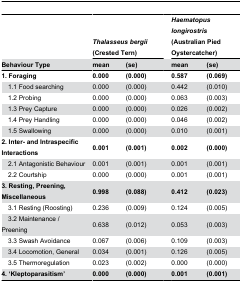
<table><thead><tr><td></td><td colspan="2"><b><i>Thalasseus</i><i>bergii</i> (Crested Tern)</b></td><td></td><td colspan="2"><b><i>Haematopus</i><i>longirostris</i> (Australian Pied Oystercatcher)</b></td></tr><tr><td><b>Behaviour Type</b></td><td><b>mean</b></td><td><b>(se)</b></td><td></td><td><b>mean</b></td><td><b>(se)</b></td></tr></thead><tbody><tr><td><b>1. Foraging</b></td><td><b>0.000</b></td><td><b>(0.000)</b></td><td></td><td><b>0.587</b></td><td><b>(0.069)</b></td></tr><tr><td> 1.1 Food searching</td><td>0.000</td><td>(0.000)</td><td></td><td>0.442</td><td>(0.010)</td></tr><tr><td> 1.2 Probing</td><td>0.000</td><td>(0.000)</td><td></td><td>0.063</td><td>(0.003)</td></tr><tr><td> 1.3 Prey Capture</td><td>0.000</td><td>(0.000)</td><td></td><td>0.026</td><td>(0.002)</td></tr><tr><td> 1.4 Prey Handling</td><td>0.000</td><td>(0.000)</td><td></td><td>0.046</td><td>(0.002)</td></tr><tr><td> 1.5 Swallowing</td><td>0.000</td><td>(0.000)</td><td></td><td>0.010</td><td>(0.001)</td></tr><tr><td><b>2. Inter- and Intraspecific Interactions</b></td><td><b>0.001</b></td><td><b>(0.001)</b></td><td></td><td><b>0.002</b></td><td><b>(0.000)</b></td></tr><tr><td> 2.1 Antagonistic Behaviour</td><td>0.001</td><td>(0.001)</td><td></td><td>0.001</td><td>(0.001)</td></tr><tr><td> 2.2 Courtship</td><td>0.000</td><td>(0.000)</td><td></td><td>0.001</td><td>(0.001)</td></tr><tr><td><b>3. Resting, Preening, Miscellaneous</b></td><td><b>0.998</b></td><td><b>(0.088)</b></td><td></td><td><b>0.412</b></td><td><b>(0.023)</b></td></tr><tr><td> 3.1 Resting (Roosting)</td><td>0.236</td><td>(0.009)</td><td></td><td>0.124</td><td>(0.005)</td></tr><tr><td> 3.2 Maintenance / Preening</td><td>0.638</td><td>(0.012)</td><td></td><td>0.053</td><td>(0.003)</td></tr><tr><td> 3.3 Swash Avoidance</td><td>0.067</td><td>(0.006)</td><td></td><td>0.109</td><td>(0.003)</td></tr><tr><td> 3.4 Locomotion, General</td><td>0.034</td><td>(0.001)</td><td></td><td>0.126</td><td>(0.005)</td></tr><tr><td> 3.5 Thermoregulation</td><td>0.023</td><td>(0.002)</td><td></td><td>0.000</td><td>(0.000)</td></tr><tr><td><b>4. ‘Kleptoparasitism’</b></td><td><b>0.000</b></td><td><b>(0.000)</b></td><td></td><td><b>0.001</b></td><td><b>(0.001)</b></td></tr></tbody></table>